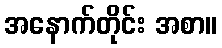
အနောက်တိုင်း အစာ။